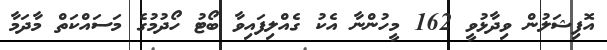
އޮފިޝަލުން ވިދާޅުވީ 162 މީހުންނާ އެކު ގެއްލިފައިވާ ބޯޓު ހޯދުުމުގެ މަސައްކަތް މާދަމާ